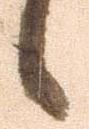
候